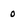
Character: o